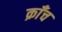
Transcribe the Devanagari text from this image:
क्राँच